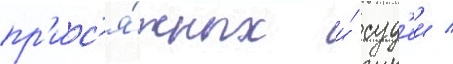
пр'ис'я́жных и́ суд'еи /